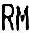
RM